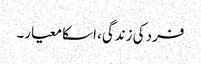
فرد کی زندگی، اسکا معیار۔